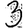
Digit: 3